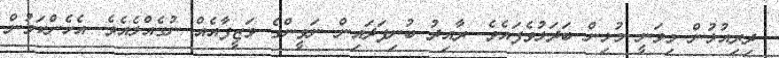
ދިރިއުޅުން މިވަނީ މުޅިން ބަދަލުވެފައެވެ. ރާއިދު ބުނިފަދައިން ނަވީންގެ ވަޒީފާއެއް ނުގެއްލެއެވެ. އެހެންކަމުން